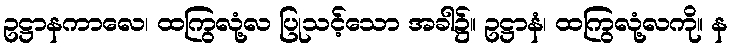
ဥဋ္ဌာနကာလေ၊ ထကြွလုံ့လ ပြုသင့်သော အခါ၌။ ဥဋ္ဌာနံ၊ ထကြွလုံ့လကို။ န